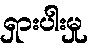
ရှားပါးမှု